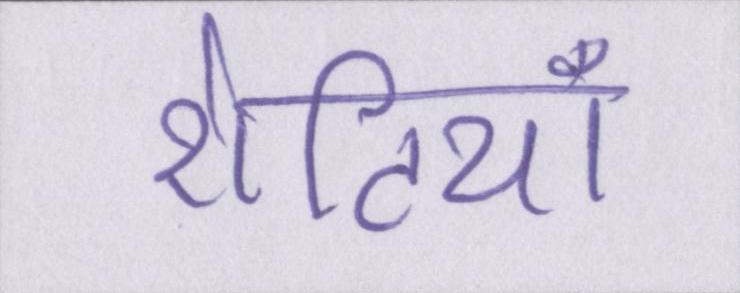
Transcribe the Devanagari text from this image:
रोटियाँ